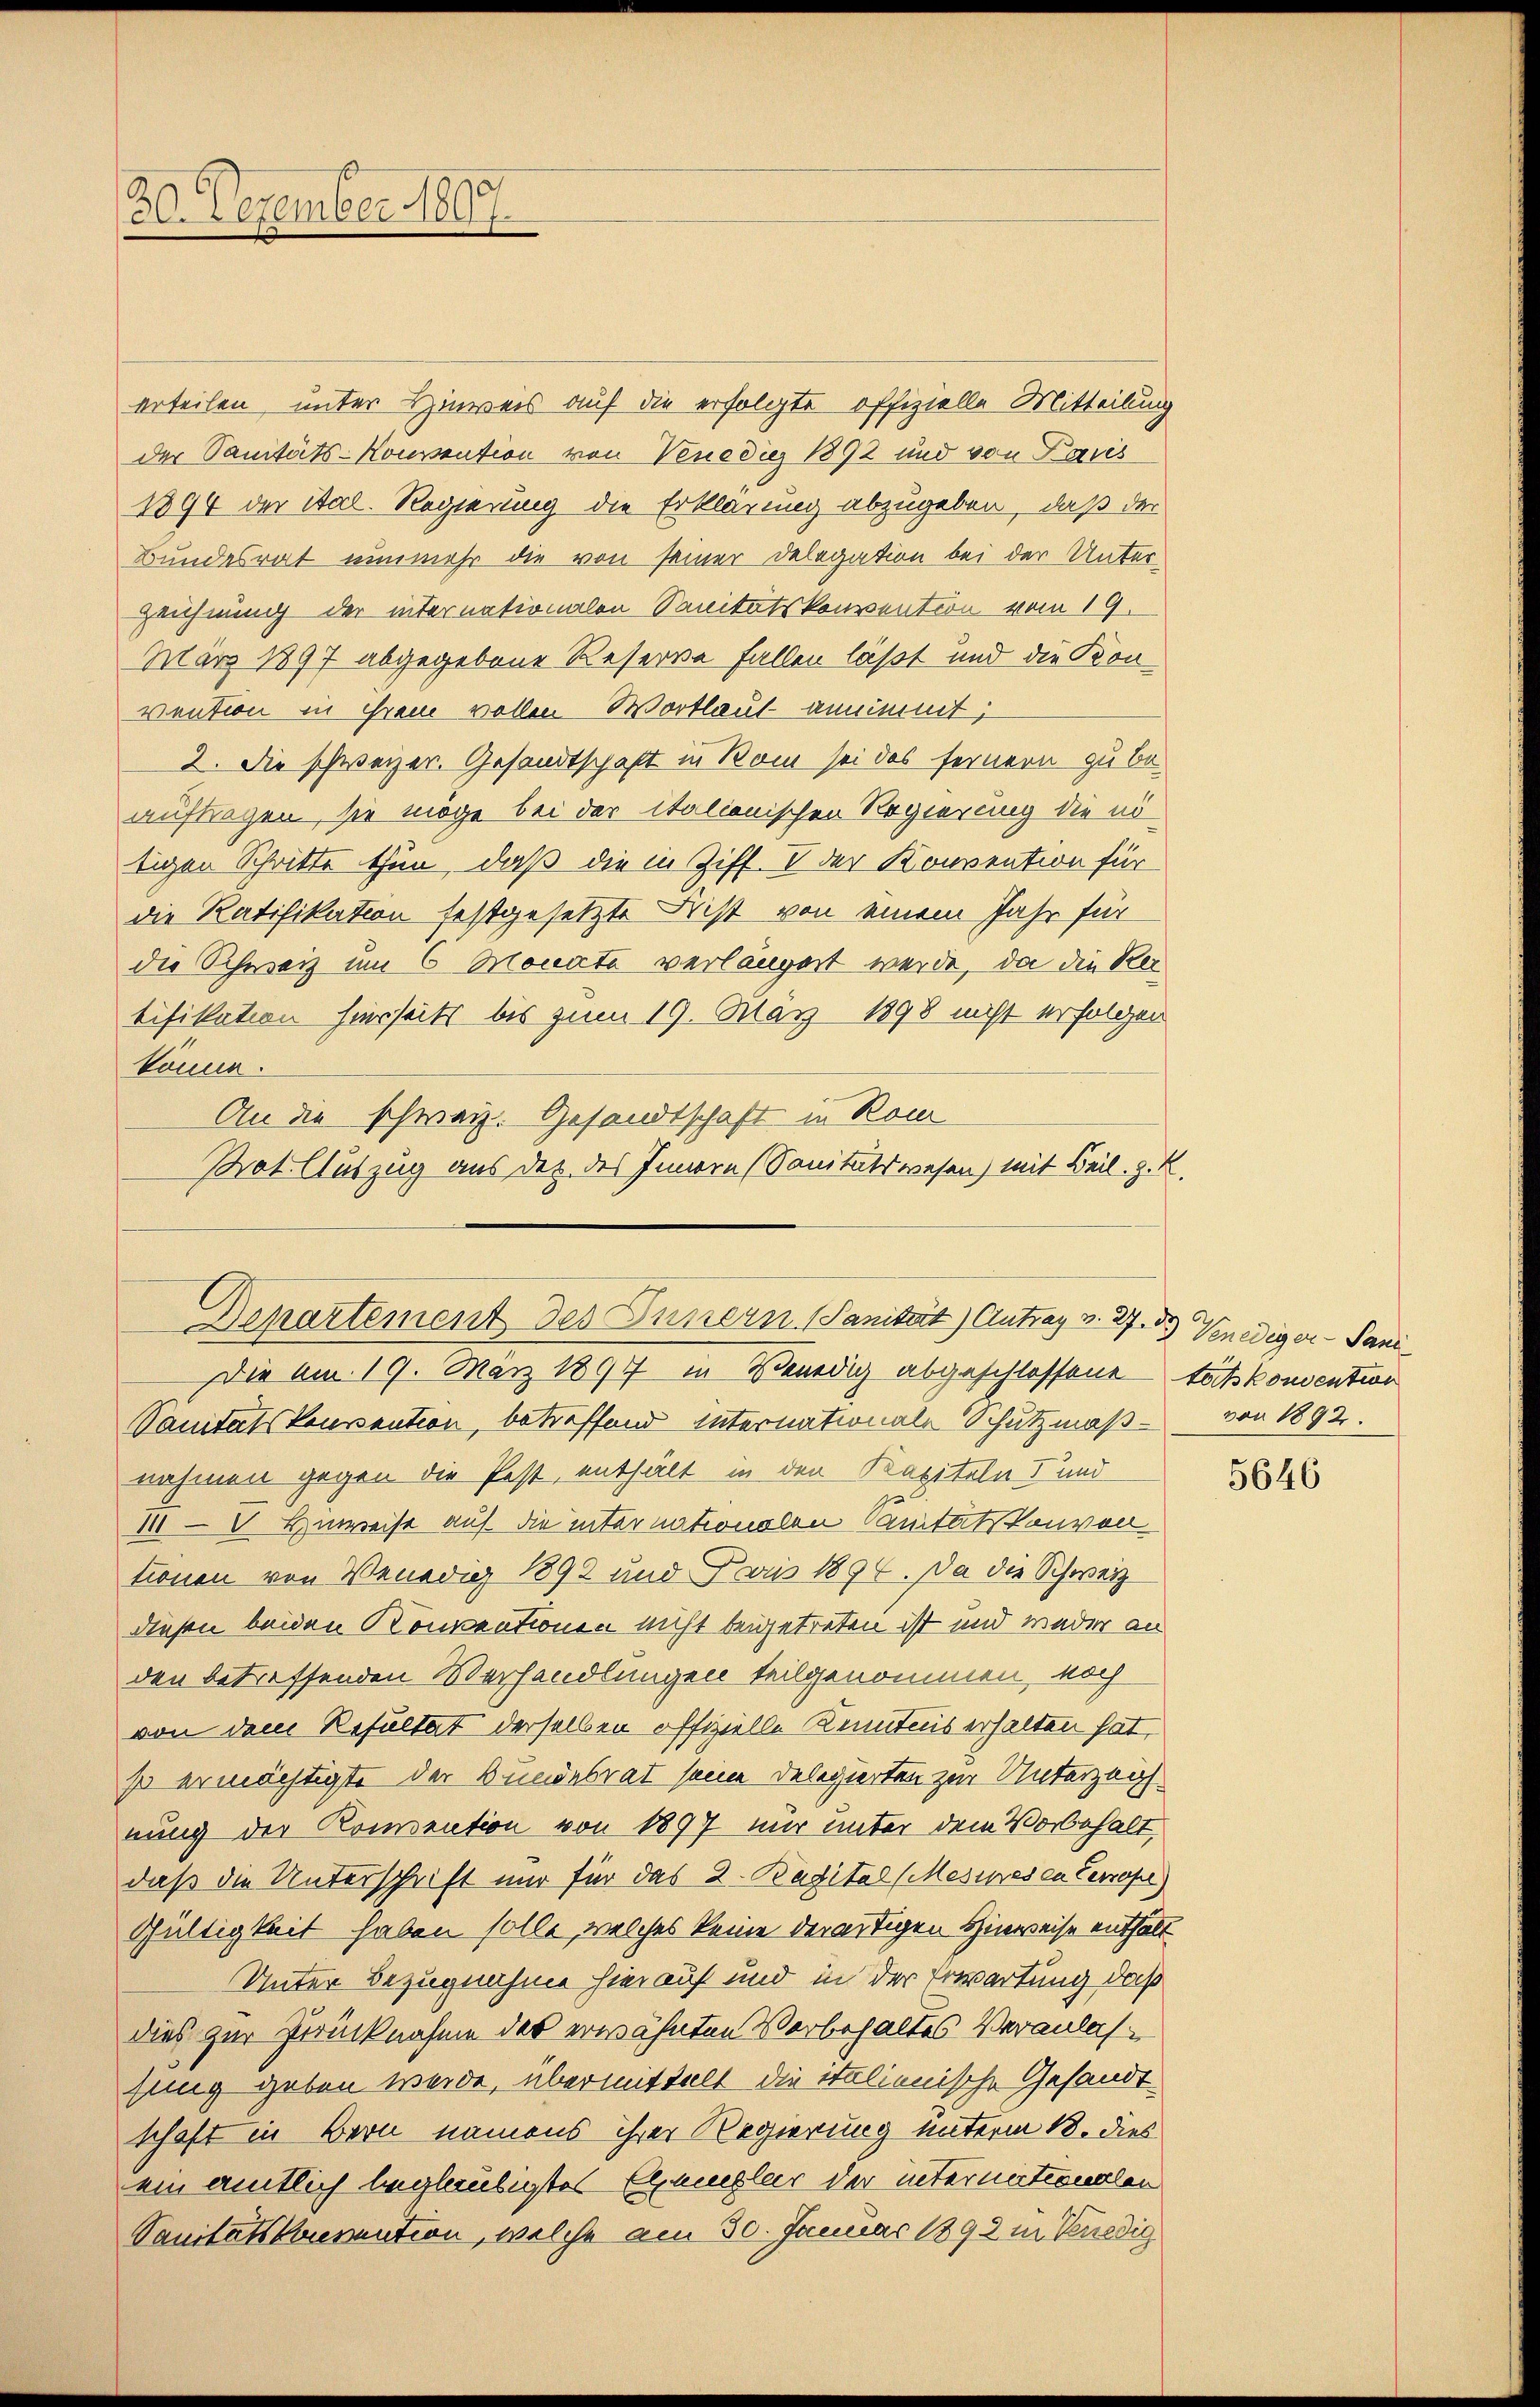
30. Dezember 1897

tifikation hierseits bis zum 19. März 1898 nicht erfolgen
könne.
An die schweiz. Gesandtschaft in Kom
Pat Auszug aus der des Innern (Sanitätswesen) mit Beil. z. B.

Departement des Innern Sanität) Antrag v. 37. Venediger - Sani¬
Die am 19. März 1897 in Venedig abgeschlossene tößkonvention

Sanitätskonsention, betreffend Internationale Schutzmaß von 1892.
nahmen gegen die Pest, enthält in den Kapiteln d und
1—V Hinweist auf die internationalen Sanitätskonvon
tionen von Venedig 1892 und Paris 1894. Da die Schweiz
diesen beiden Konventionen nicht beigetreten ist und weder an
den betreffenden Vorhandlungen teilgenommen, noch
von dem Resultat derselben offizielle Kenntnis erhalten hat,
so ermächtigte der Bundesrat seine Delegierten zur Unterzeig
nung der Komention von 1897 nur unter dem Vorbehalt
daß die Unterschrift nur für das 2. Bagital (Mesines en Cerope)
Gültigkeit haben solle, welches keine derartigen Hinweise enthalt
Unter Bezugnahme hierauf und in der Erwartung, daß
dies zur Zurücknahme der erwähnten Vorbehaltes Veranlasfung geben werde, übermittelt die italienische Gesandtschaft in Bern namens ihrer Regierung unterm 18. dies
ein amtlich beglaubigtes Exemplar der internationalen
Sanitätskonvention, welche am 30. Januar 1892 in Venedig

erteilen, unter Hinweis auf die erfolgte offizielle Mitteilung
der Sanitäts-Konvention von Venediez 1892 und von Paris
1894 der ital. Regierung die Erklärung abzugeben, daß der
Bundesrat nunmehr die von seiner Delegation bei der Unter¬
Zeichnung der internationalen Sanitätskonvention vom 19.
März 1897 abgegebene Reserve fallen läßt und die Konvention in ihrem vollen Wortlaut annimmt;
2. Die schweizer. Gesandtschaft in Bon sei das fernern zu beauftragen, sie möge bei der italionischen Regierung die nötigen Schritte thun, daß die in Ziff. V der Konvention für
die Ratifikation festgesetzte Frist von einem Jahr für
die Schweiz um 6 Monate verlängert werde, da die Rei¬

5646